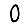
Digit: 0